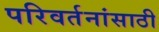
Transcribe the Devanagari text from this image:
परिवर्तनांसाठी